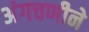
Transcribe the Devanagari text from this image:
अंगचणीने